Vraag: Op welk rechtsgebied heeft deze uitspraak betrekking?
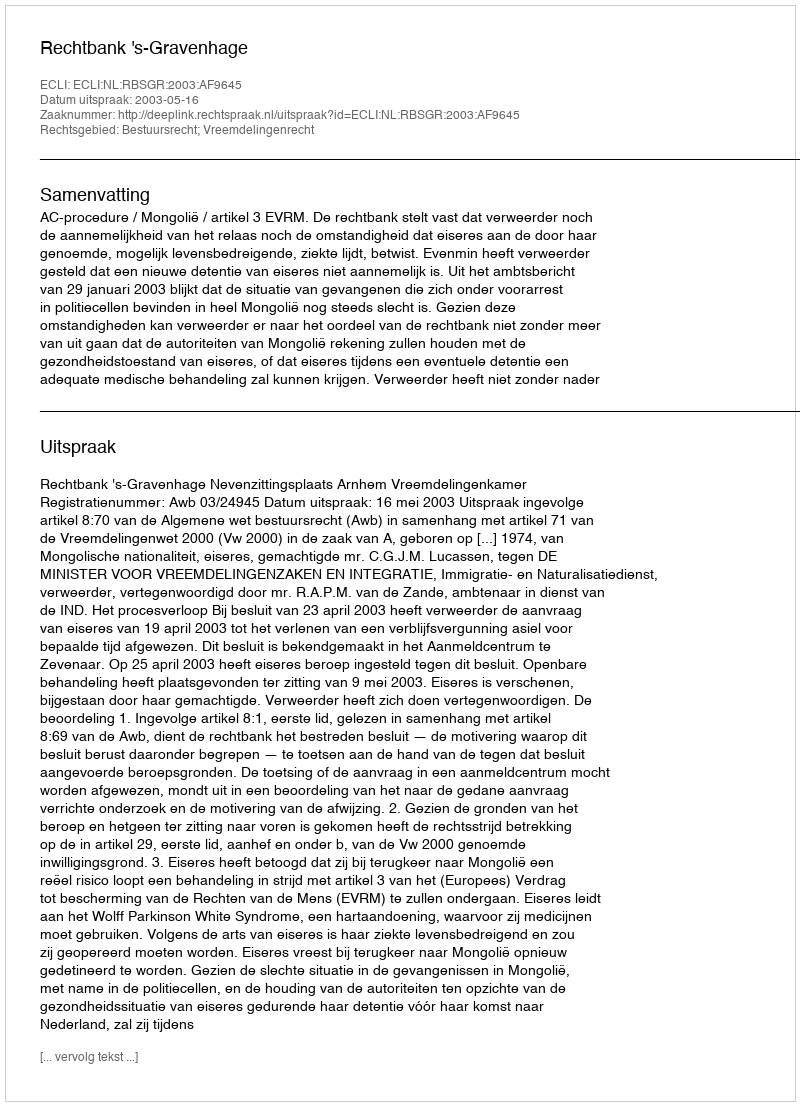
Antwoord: Bestuursrecht; Vreemdelingenrecht